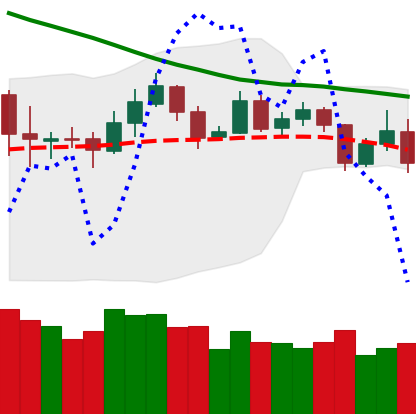
Ticker: ETH-USD
Chart end date: 2019-11-18
Forward return: -15.032%
Label: down_7plus